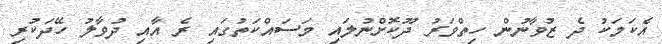
އެކަމަކު ދެ ޒުވާނުން ހިތްވަރު ދޫކޮށްނުލައި މަސައްކަތުގައި ރެ އާއި ދުވާލު ހޭދަކުރި